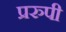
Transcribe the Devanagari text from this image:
प्ररुपी